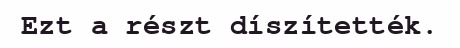
Ezt a részt díszítették.